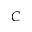
{ \cal C }